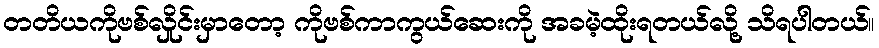
တတိယကိုဗစ်လှိုင်းမှာတော့ ကိုဗစ်ကာကွယ်ဆေးကို အခမဲ့ထိုးရတယ်လို့ သိရပါတယ်။